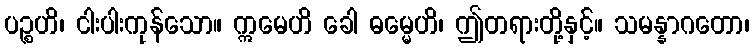
ပဉ္စဟိ၊ ငါးပါးကုန်သော။ ဣမေဟိ ခေါ ဓမ္မေဟိ၊ ဤတရားတို့နှင့်။ သမန္နာဂတော၊